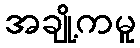
အချို့ကမူ